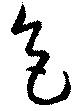
色